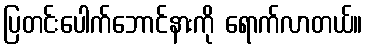
ပြတင်းပေါက်ဘောင်နားကို ရောက်လာတယ်။